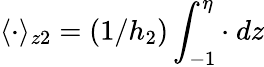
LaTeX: \langle\cdot\rangle_{z2}=(1/h_{2})\int_{-1}^{\eta}\cdot\ dz